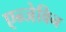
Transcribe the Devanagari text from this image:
एन्जेविन